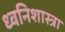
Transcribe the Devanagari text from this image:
ध्वनिशास्त्रा